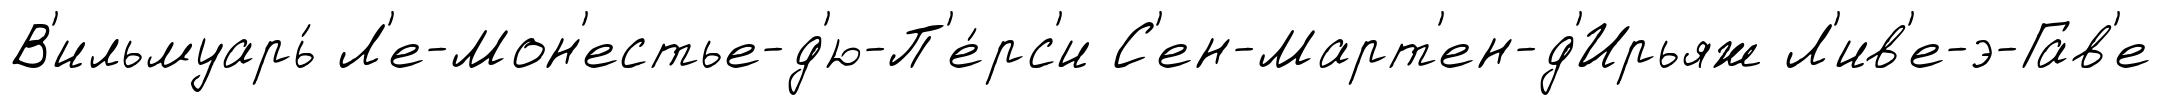
В'ильмуарь́ Л'е-Мон'естье-д'ю-П'е́рс'и С'ен-Март'ен-д'Ирьяж Л'ив'е-э-Гав'е